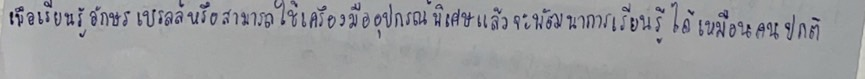
เมื่อเรียนรู้อักษรเบรลล์หรือสามารถใช้เครื่องมืออุปกรณ์พิเศษแล้วจะพัฒนาการเรียนรู้ได้เหมือนคนปกติ